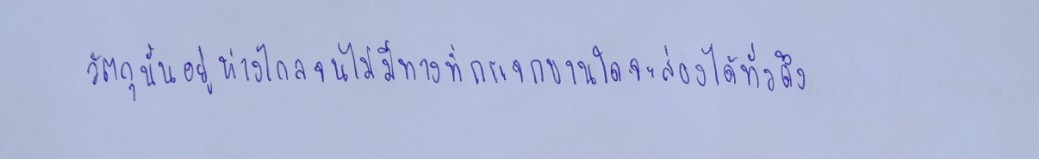
วัตถุนั้นอยู่ห่างไกลจนไม่มีทางที่กระจกบานใดจะส่องได้ทั่วถึง